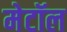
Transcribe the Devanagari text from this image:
मेटॉल